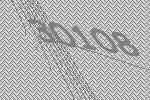
30108